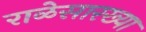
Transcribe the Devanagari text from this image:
राळेसारख्या